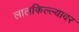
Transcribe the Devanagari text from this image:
लालकिल्ल्यावर